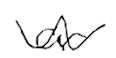
Text: or
Cross-out: wave
Writing tool: digital_black